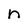
Character: n